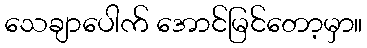
သေချာပေါက် အောင်မြင်တော့မှာ။